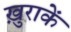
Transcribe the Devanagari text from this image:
ख़ुराकें